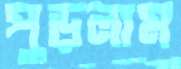
পুড়লাম